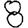
Digit: 8